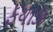
ફયાઝ